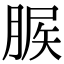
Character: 䐅